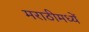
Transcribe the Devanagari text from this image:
मराठीमध्यें